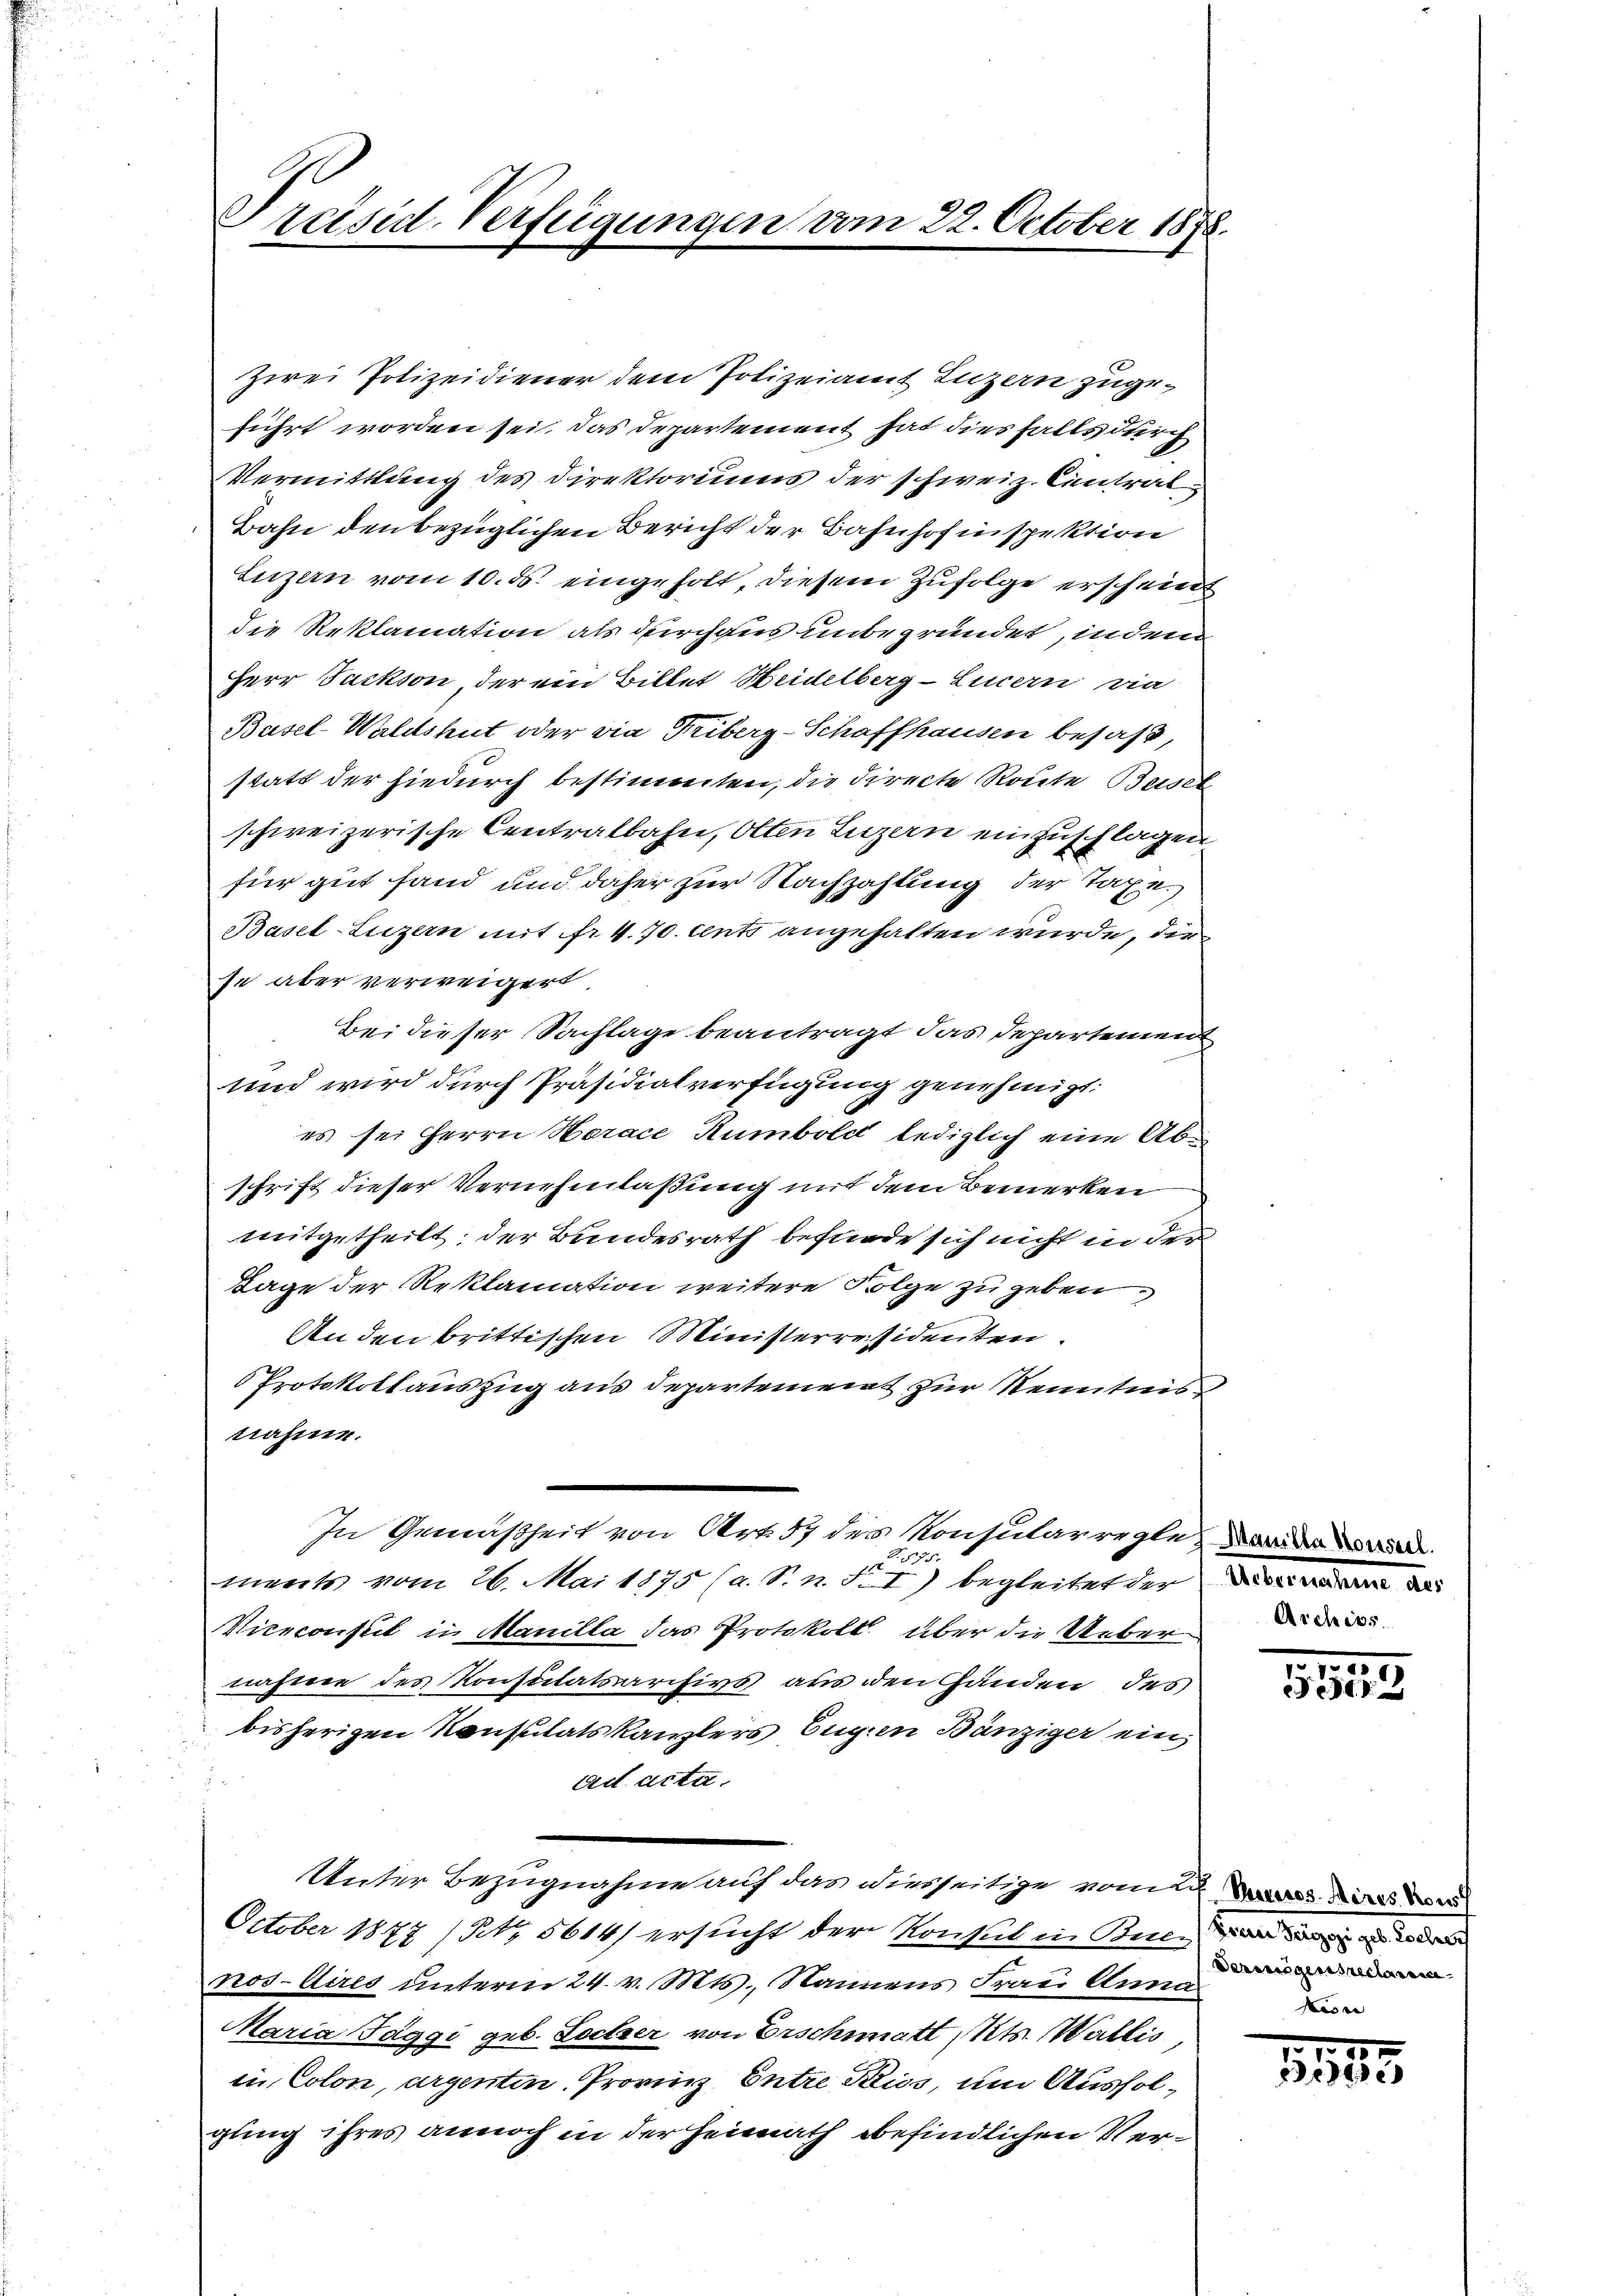
Präsid. Verfügungen vom 22. October 1878.
e

zwei Polizeidiener dem Polizeiamt Luzern zugeführt worden sei. Das Departement hat dies falls durch
Vermittlung des Direktoriums der schweiz. Eintrat
Bahn den bezüglichen Bericht der Bahnhof inspektion
Luzern vom 10. d. eingeholt, diesem Zufolge erscheint
die Reklamation als durchaus unbegründet, indem
Herr Jackson, der ein Billet Heidelberg-Ennern vie
Basel-Waldshut oder via Triberg-Schaffhausen besaß,
statt der hiedurch bestimmten, die directe Route Beisel
schweizerische Centralbahn, Otten Luzern einzuschlagen
für gut fand und daher zur Nachzahlung der Taxe.
Basel-Luzern mit fr. 4. 70. ents angehalten wurde, der
se aber verweigert.
Bei dieser Sachlage beantragt das Departement
Und wird durch Präsidialverfügung genehmigt:
es sei Herrn Horace Rumbold lediglich eine Abschrift dieser Vernehmlaßung mit dem Bemerken
mitgetheilt; der Bundesrath befinde sich nicht in der
Tage der Reklamation weitere Folge zu geben.
An den brittischen Ministerresidenten.
 Protokollauszug aus Departement zur Kenntnisnahme.
.
In Gemäßheit von Art. 57 des Konsularregte, der wird.
2
ments vom 26. Mai 1875 (a. S. n. F. I) begleitet der den das
Mierconstit in Manilla das Protokoll über die Ueber-
nähme des Konsulatsarchivs aus den Händen des
bisherigen Konsulatskanzlers Eugen Bänziger ein
ad acta.
¬
Unter Bezugnahme auf das diesseitige vom na
October 1877 / No. 5614) ersucht der Konsul in Kelle
kos Aires unterm 24. v. Mts., Namens Frau Anna
Maria Taggi geb. Loitzer von Erschmatt, Kts. Wallis,
in Colon, argenten Provinz Entre Preiss, um Ausfolgung ihres annoch in der Heimath befindlichen Ver¬

.
55552

Vermögensrechen
Keser

x
5585